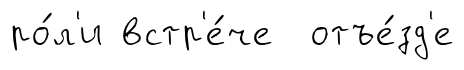
ро́л'и встр'е́че отъе́зд'е